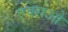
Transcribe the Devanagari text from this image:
एक्सओ